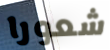
شعورا